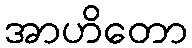
အာဟိတော